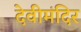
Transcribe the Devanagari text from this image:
देवीमंदिर